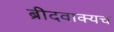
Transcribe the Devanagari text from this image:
ब्रीदवाक्यच